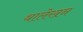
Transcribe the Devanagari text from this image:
थालेखन